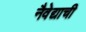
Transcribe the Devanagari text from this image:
नैवेद्याची